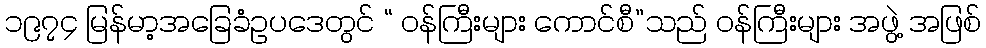
၁၉၇၄ မြန်မာ့အခြေခံဥပဒေတွင် “ ဝန်ကြီးများ ကောင်စီ”သည် ဝန်ကြီးများ အဖွဲ့ အဖြစ်